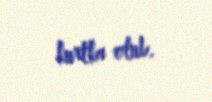
kurtka olub.